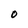
Character: O